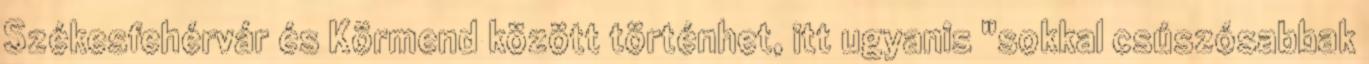
Székesfehérvár és Körmend között történhet, itt ugyanis "sokkal csúszósabbak